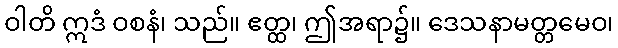
ဝါတိ ဣဒံ ဝစနံ၊ သည်။ ဧတ္ထ၊ ဤအရာ၌။ ဒေသနာမတ္တမေဝ၊